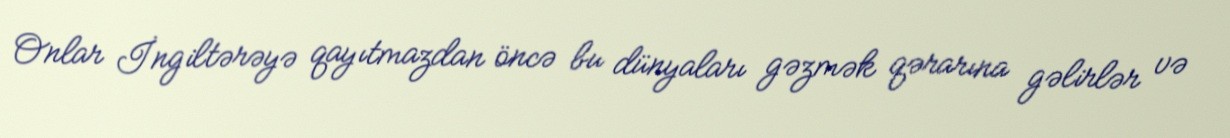
Onlar İngiltərəyə qayıtmazdan öncə bu dünyaları gəzmək qərarına gəlirlər və